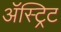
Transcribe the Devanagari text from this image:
ॲस्ट्रिट